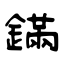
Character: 鏋